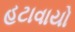
હટાવાયો